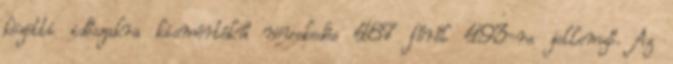
közötti időszakra kismértékű növekedés 487 főről 493-ra jellemző. Az